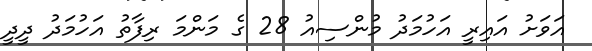
އަވަށު އައިރީ އަހުމަދު މުންސިއު 28 ގެ މަންމަ ރިފާތު އަހުމަދު ދީދީ